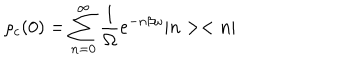
LaTeX: \rho _ { c } ( 0 ) = \sum _ { n = 0 } ^ { \infty } \frac { 1 } { \Omega } e ^ { - n \beta \omega } | n > < n |